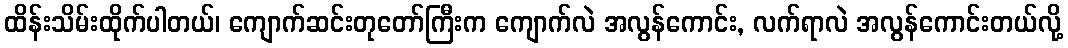
ထိန်းသိမ်းထိုက်ပါတယ်၊ ကျောက်ဆင်းတုတော်ကြီးက ကျောက်လဲ အလွန်ကောင်း, လက်ရာလဲ အလွန်ကောင်းတယ်လို့